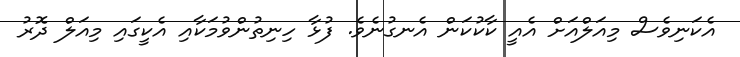
އެކަނިވެސް މިއަލްއަށް އެއީ ކާކުކަން އެނގުނެވެ. ފުޅާ ހިނިތުންވުމަކާއި އެކީގައި މިއަލް ދޮރު